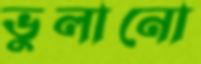
ভুলানো